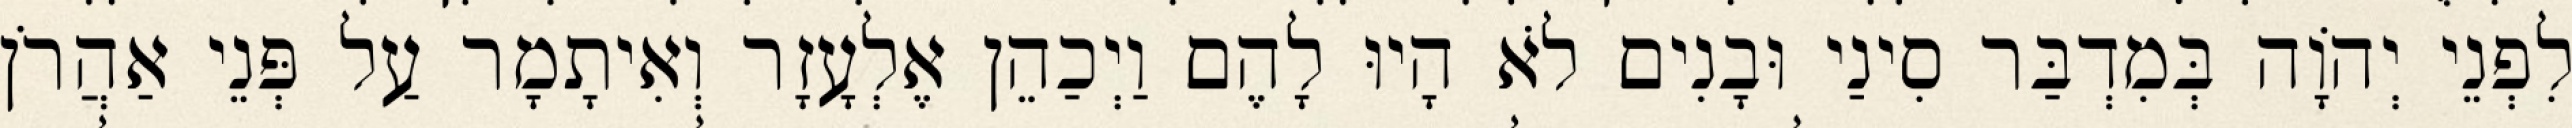
לִפְנֵי יְהוָֹה בְּמִדְבַּר סִינַי וּבָנִים לֹא הָיוּ לָהֶם וַיְכַהֵן אֶלְעָזָר וְאִיתָמָר עַל פְּנֵי אַהֲרֹן